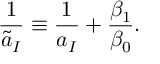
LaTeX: { \frac { 1 } { \tilde { a } _ { I } } } \equiv { \frac { 1 } { a _ { I } } } + { \frac { \beta _ { 1 } } { \beta _ { 0 } } } .